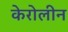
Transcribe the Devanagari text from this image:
केरोलीन